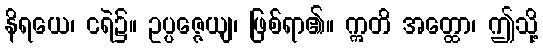
နိရယေ၊ ငရဲ၌။ ဥပ္ပဇ္ဇေယျ၊ ဖြစ်ရာ၏။ ဣတိ အတ္ထော၊ ဤသို့